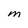
Character: M